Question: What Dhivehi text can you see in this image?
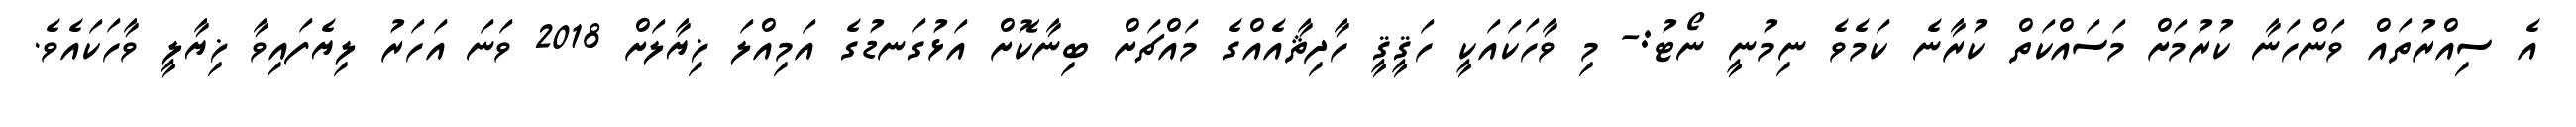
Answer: އެ ސިއްރުތައް ވަންހަނާ ކުރުމަށް މަސައްކަތް ކުރާނެ ކަމެވެ ނިމުނީ ނޯޓު:- މި ވާހަކައަކީ ހަޤީޤީ ހާދިޘާއެއްގެ މައްޗަށް ބިނާކޮށް އަޅުގަނޑުގެ އަމިއްލަ ޚިޔާލަށް 2018 ވަނަ އަހަރު ލިޔެފައިވާ ޚިޔާލީ ވާހަކައެވެ.